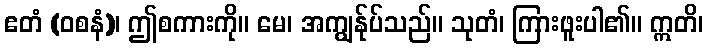
ဧတံ (ဝစနံ)၊ ဤစကားကို။ မေ၊ အကျွန်ုပ်သည်။ သုတံ၊ ကြားဖူးပါ၏။ ဣတိ၊